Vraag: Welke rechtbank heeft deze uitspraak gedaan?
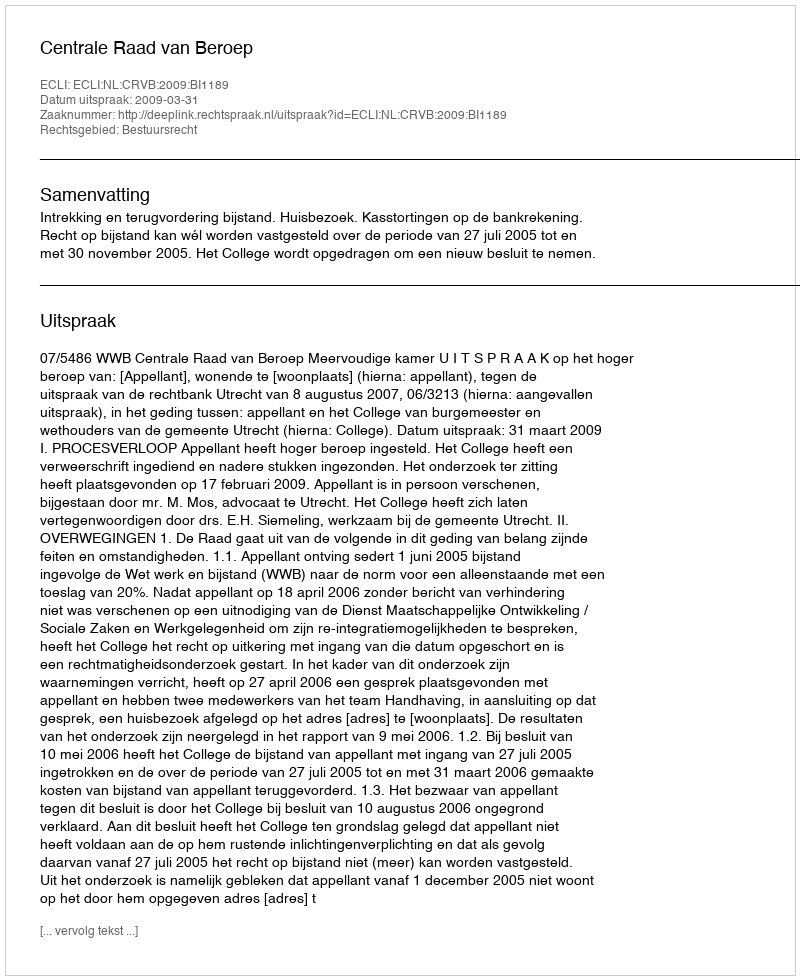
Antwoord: Centrale Raad van Beroep